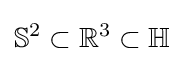
\mathbb {S} ^{2}\subset \mathbb {R} ^{3}\subset \mathbb {H}